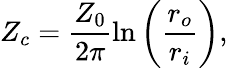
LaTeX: Z_{c}=\frac{Z_{0}}{2\pi}\ln\left(\frac{r_{o}}{r_{i}}\right),